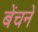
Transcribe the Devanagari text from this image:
बेंचनें